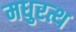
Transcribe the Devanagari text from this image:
मधुरत्थ